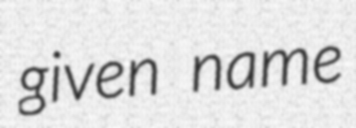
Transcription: given name